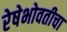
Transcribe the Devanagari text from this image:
रेषेभोवतीचा